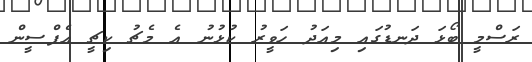
ރަސްމީ ބޯޅަ ދަނޑުގައި މިއަދު ހަވީރު ކުޅުނު އެ މެޗު ކިޗީ އެފްސީން